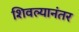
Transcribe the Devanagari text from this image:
शिवल्यानंतर